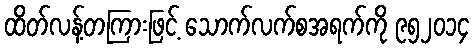
ထိတ်လန့်တကြားဖြင့် သောက်လက်စအရက်ကို ၉၅၂၀၁၄